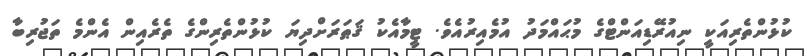
ކުޅުންތެރިއަކީ ނިއުރޭޑިއަންޓްގެ މުޙައްމަދު އުމެއިރުއެވެ. ޓީމާއެކު ޤަޠަރަށްދިޔަ ކުޅުންތެރިންގެ ތެރެއިން އެންމެ ތަޖުރިބާ